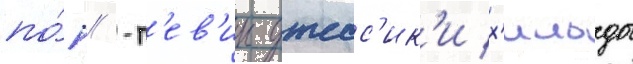
по́п/ -п'ев'ицы джесс'ик'и х'ильды